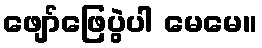
ဖျော်ဖြေပွဲပါ မေမေ။